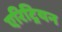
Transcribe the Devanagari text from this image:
एरिट्रियन